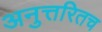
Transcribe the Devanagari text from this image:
अनुत्तरितच